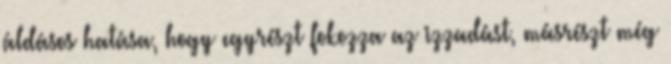
áldásos hatása, hogy egyrészt fokozza az izzadást, másrészt még